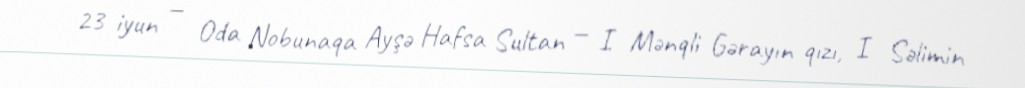
23 iyun — Oda Nobunaqa Ayşə Hafsa Sultan — I Mənqli Gərayın qızı, I Səlimin